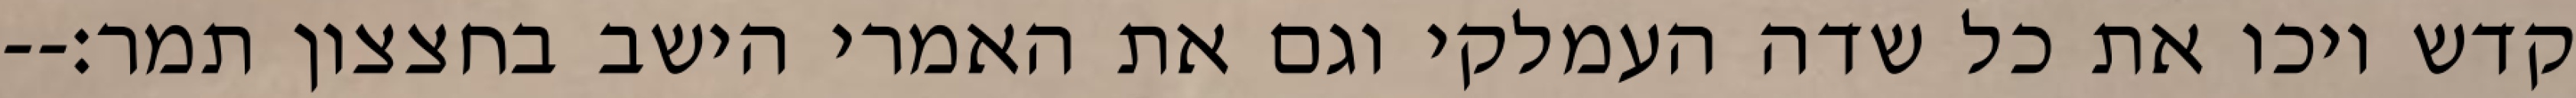
קדש ויכו את כל שדה העמלקי וגם את האמרי הישב בחצצון תמר׃--